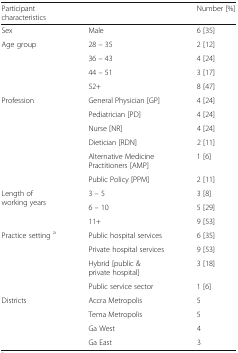
| Participant characteristics |  | Number [%] |
 | --- | --- | --- |
 | Sex | Male | 6 [35] |
 | <ROWSPAN=4> Age group | 28 – 35 | 2 [12] |
 | 36 – 43 | 4 [24] |
 | 44 – 51 | 3 [17] |
 | 52+ | 8 [47] |
 | <ROWSPAN=6> Profession | General Physician [GP] | 4 [24] |
 | Pediatrician [PD] | 4 [24] |
 | Nurse [NR] | 4 [24] |
 | Dietician [RDN] | 2 [11] |
 | Alternative Medicine Practitioners [AMP] | 1 [6] |
 | Public Policy [PPM] | 2 [11] |
 | <ROWSPAN=3> Length of working years | 3 – 5 | 3 [8] |
 | 6 – 10 | 5 [29] |
 | 11+ | 9 [53] |
 | <ROWSPAN=4> Practice setting a | Public hospital services | 6 [35] |
 | Private hospital services | 9 [53] |
 | Hybrid [public & private hospital] | 3 [18] |
 | Public service sector | 1 [6] |
 | <ROWSPAN=4> Districts | Accra Metropolis | 5 |
 | Tema Metropolis | 5 |
 | Ga West | 4 |
 | Ga East | 3 |